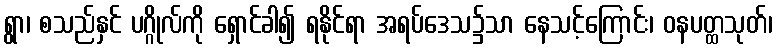
ရွာ၊ စသည်နှင် ပဂ္ဂိုလ်ကို ရှောင်ခါ၍ ရနိုင်ရာ အရပ်ဒေသ၌သာ နေသင့်ကြောင်း၊ ဝနပတ္ထသုတ်၊